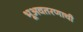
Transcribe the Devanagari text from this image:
भूअवतरणाची